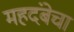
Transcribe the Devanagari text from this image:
महदंबेचा